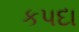
કપદા